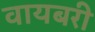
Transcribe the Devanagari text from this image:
वायबरी